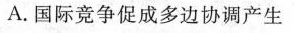
A.国际竞争促成多边协调产生